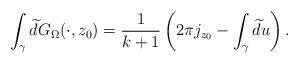
LaTeX: \begin{align*}\int_{\gamma}\widetilde{d}G_{\Omega}(\cdot,z_0)=\frac{1}{k+1}\left(2\pi j_{z_0}-\int_{\gamma}\widetilde{d}u\right).\end{align*}